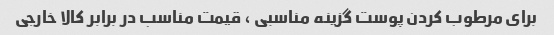
برای مرطوب کردن پوست گزینه مناسبی ، قیمت مناسب در برابر کالا خارجی